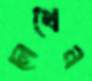
লেখেন